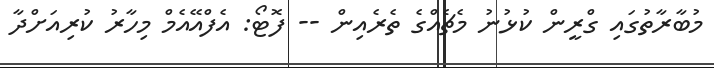
މުބާރާތުގައި ގްރީން ކުޅުނު މެޗެއްގެ ތެރެއިން -- ފޮޓޯ: އެފްއޭއެމް މިހާރު ކުރިއަށްދާ